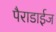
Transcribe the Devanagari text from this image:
पैराडाईज